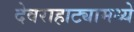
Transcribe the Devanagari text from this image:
देवराहाट्यामध्ये